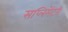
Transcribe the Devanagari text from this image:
सप्लिमेंटरी